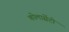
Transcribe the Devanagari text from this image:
कोलासेंटो